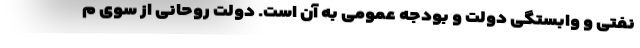
نفتی و وابستگی دولت و بودجه عمومی به آن است. دولت روحانی از سوی م